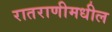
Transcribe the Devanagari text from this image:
रातराणीमधील